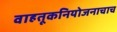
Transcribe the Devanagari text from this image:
वाहतूकनियोजनाचाच